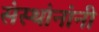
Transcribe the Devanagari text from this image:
संस्थांनांनी